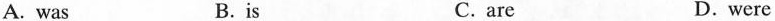
A. was B.is C.are D.were